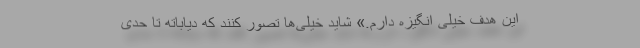
این هدف خیلی انگیزه دارم.» شاید خیلی‌ها تصور کنند که دیاباته تا حدی